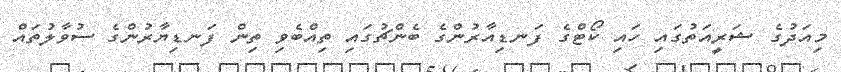
މިއަދުގެ ޝަރީއަތުގައި ހައި ކޯޓްގެ ފަނޑިއާރުންގެ ބެންޗުގައި ތިއްބެވި ތިން ފަނޑިޔާރުންގެ ސުވާލުތައް